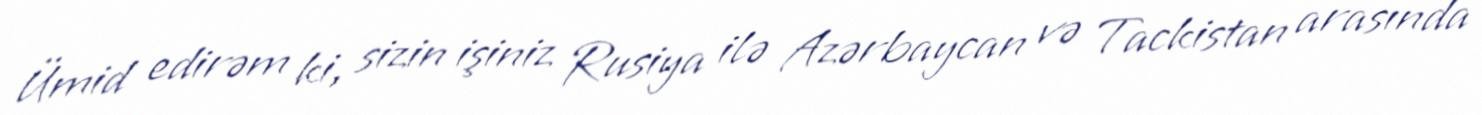
Ümid edirəm ki, sizin işiniz Rusiya ilə Azərbaycan və Tackistan arasında